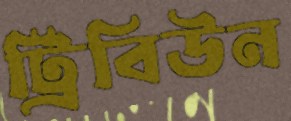
ট্রিবিউন